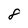
Character: 8